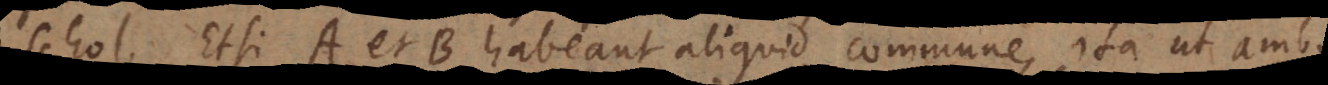
S. Etsi A et B habeant aliquid commune, ita ut ambo